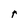
Character: r